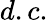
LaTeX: d.c.